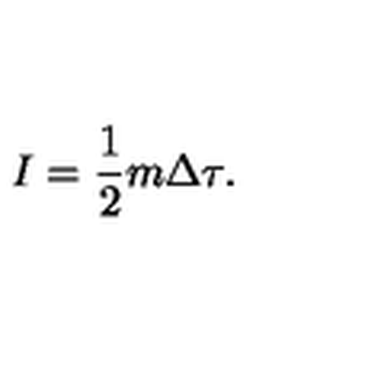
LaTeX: I = { \frac { 1 } { 2 } } m \Delta \tau .